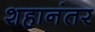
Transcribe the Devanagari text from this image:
शहानंतर